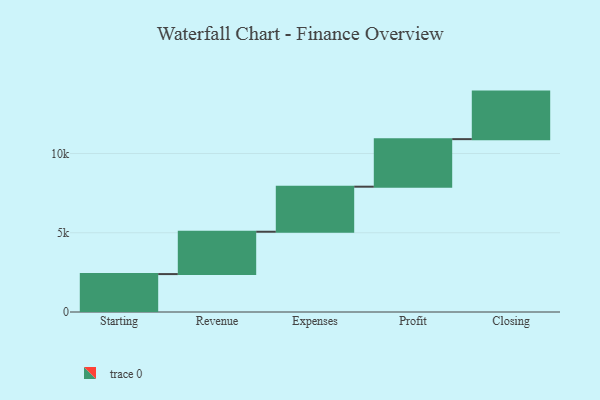
{"axis": {"x": "Step", "y": "Value"}, "legend": [""], "data": [{"x": "Starting", "y": 2392.0, "type": ""}, {"x": "Revenue", "y": 2673.0, "type": ""}, {"x": "Expenses", "y": 2842.0, "type": ""}, {"x": "Profit", "y": 3000, "type": ""}, {"x": "Closing", "y": 3000, "type": ""}]}